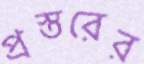
প্রস্তরের